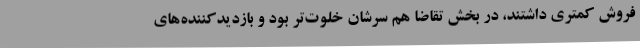
فروش کمتری داشتند، در بخش تقاضا هم سرشان خلوت‌تر بود و بازدیدکننده‌های